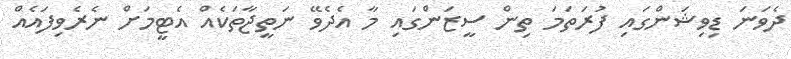
ދެވަނަ ޑިވިޝަންގައި ފުރަތަމަ ތިން ސީޒަންގައި މާ އެދެވޭ ނަތީޖާތަކެއް އެޓީމަށް ނެރެވިފައެއް